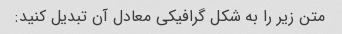
متن زیر را به شکل گرافیکی معادل آن تبدیل کنید: